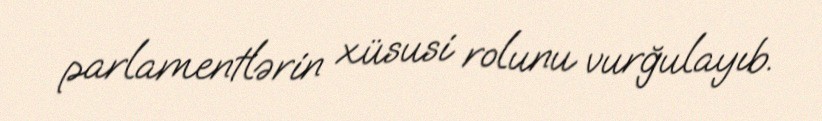
parlamentlərin xüsusi rolunu vurğulayıb.